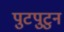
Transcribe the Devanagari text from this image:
पुटपुटुन